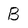
Character: B